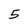
Character: 5